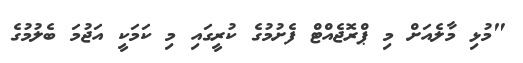
"މުޅި މާލެއަށް މި ޕްރޮޖެއްޓް ފެށުމުގެ ކުރީގައި މި ކަމަކީ އަޖުމަ ބެލުމުގެ